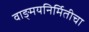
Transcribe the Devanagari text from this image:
वाङ्मयनिर्मितीचा